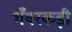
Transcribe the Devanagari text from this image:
भँवरकड़ी